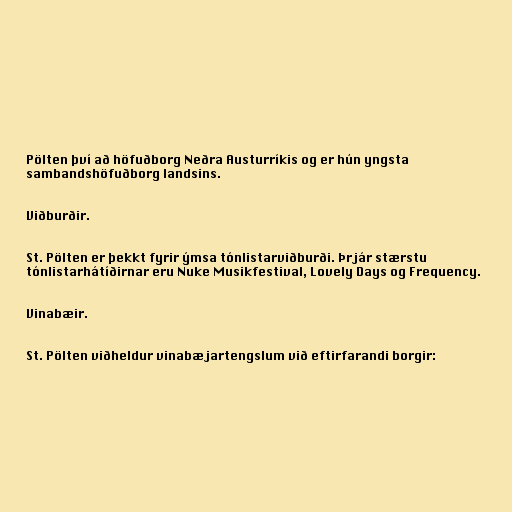
Pölten því að höfuðborg Neðra Austurríkis og er hún yngsta
sambandshöfuðborg landsins.

Viðburðir.

St. Pölten er þekkt fyrir ýmsa tónlistarviðburði. Þrjár stærstu
tónlistarhátíðirnar eru Nuke Musikfestival, Lovely Days og Frequency.

Vinabæir.

St. Pölten viðheldur vinabæjartengslum við eftirfarandi borgir: